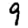
Digit: 9